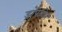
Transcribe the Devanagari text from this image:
ड्रॉपजोन